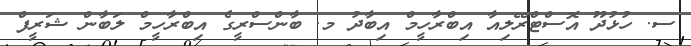
ސ. ހުޅުދޫ އޮސްޓްރޭލިއާ އިބްރާހީމް އިބާދު މ. ބާންސްރީގެ އިބްރާހީމް ލަބާން ޝަރީފް